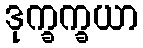
ဒုက္ခက္ခယာ